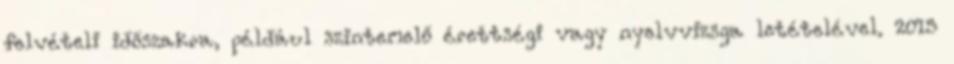
felvételi időszakra, például szintemelő érettségi vagy nyelvvizsga letételével. 2015